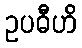
ဥပဓီဟိ